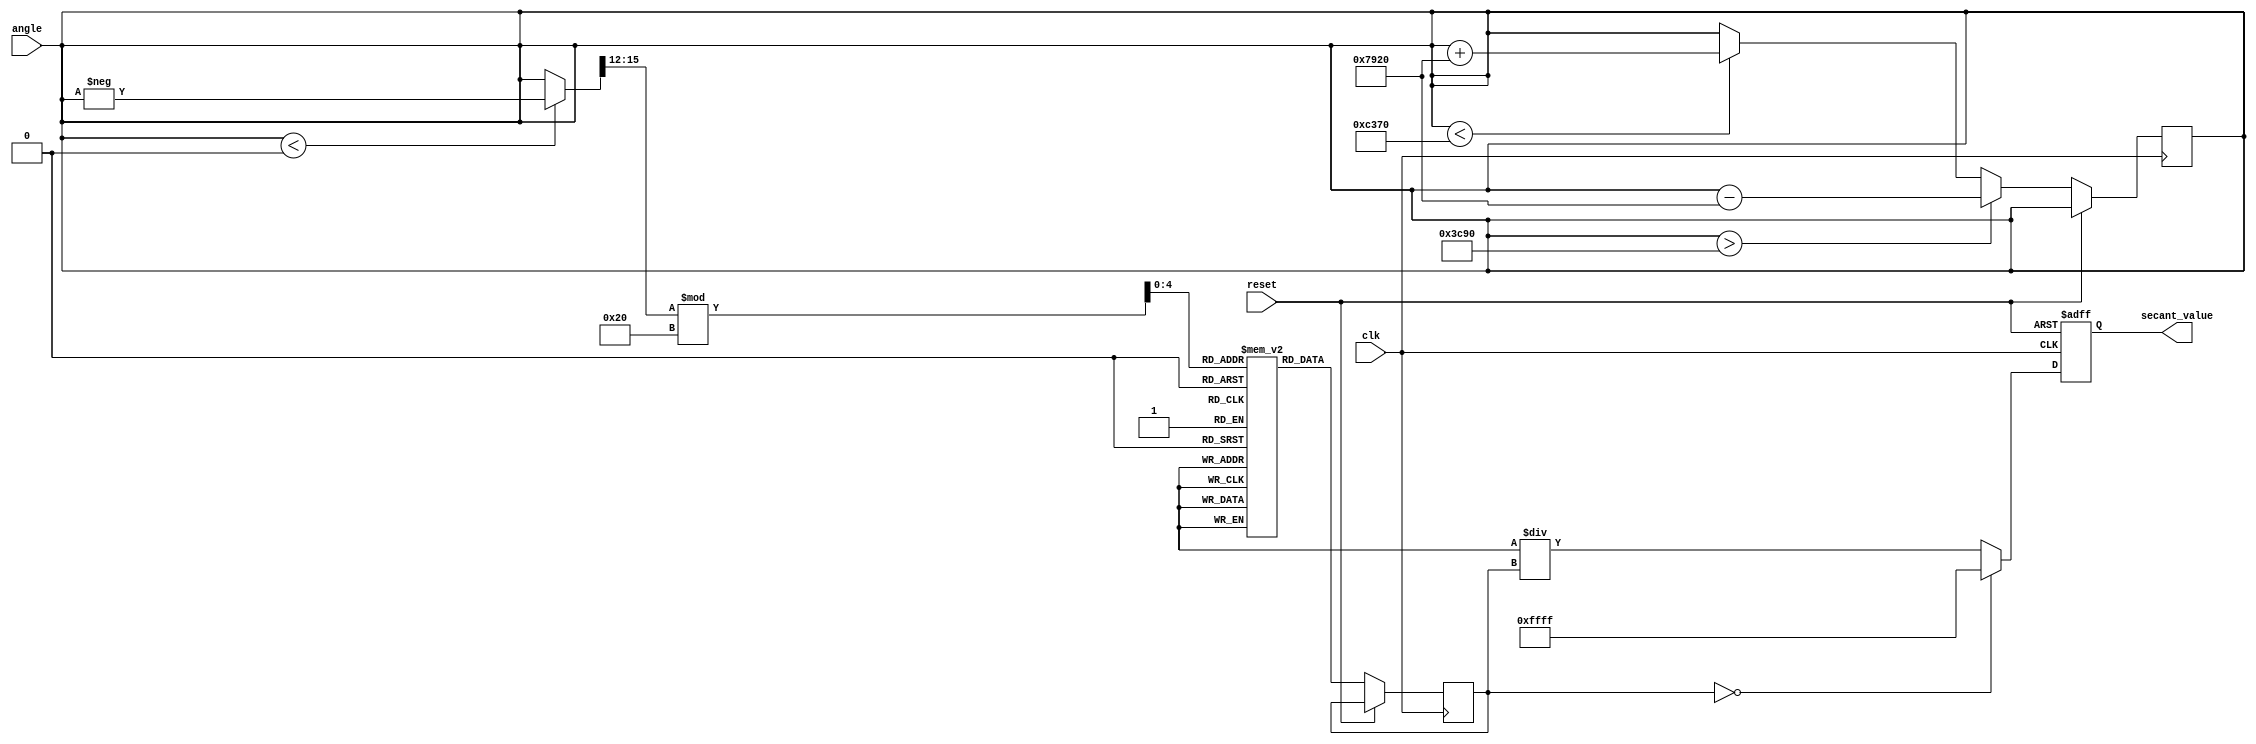
module secant (
    input wire [15:0] angle, // Input angle in radians (fixed-point representation)
    output reg [15:0] secant_value, // Output secant value (fixed-point representation)
    input wire clk,
    input wire reset
);

    // Constants
    parameter PI = 16'h3C90; // Fixed-point representation of  (approx. 3.14159)
    parameter PI_OVER_2 = 16'h1F20; // Fixed-point representation of /2 (approx. 1.57079)
    parameter INFINITY = 16'hFFFF; // Representation for infinity or error

    // Cosine lookup table (for simplicity, using a small range)
    reg [15:0] cos_lut [0:31]; // 32 entries for cosine values
    initial begin
        // Populate the cosine lookup table with fixed-point values
        cos_lut[0] = 16'h1000; // cos(0) = 1.0
        cos_lut[1] = 16'h0F6E; // cos(/6) = 3/2
        cos_lut[2] = 16'h0C8D; // cos(/4) = 2/2
        cos_lut[3] = 16'h0000; // cos(/2) = 0
        // Add more values as needed...
    end

    // Internal signals
    reg [15:0] cos_value;
    reg valid;

    // Angle normalization
    function [15:0] normalize_angle(input [15:0] angle);
        begin
            if (angle > PI) begin
                normalize_angle = angle - (2 * PI);
            end else if (angle < -PI) begin
                normalize_angle = angle + (2 * PI);
            end else begin
                normalize_angle = angle;
            end
        end
    endfunction

    // Cosine calculation using lookup table
    function [15:0] calculate_cosine(input [15:0] angle);
        begin
            // Normalize angle to range [0, ]
            if (angle < 0) begin
                angle = -angle; // Make angle positive for lookup
            end
            // Map angle to LUT index (simplified)
            calculate_cosine = cos_lut[angle[15:12] % 32]; // Example mapping
        end
    endfunction

    // Reciprocal calculation
    function [15:0] reciprocal(input [15:0] value);
        begin
            if (value == 0) begin
                reciprocal = INFINITY; // Handle division by zero
            end else begin
                reciprocal = (16'h10000 / value); // Fixed-point division
            end
        end
    endfunction

    // Main process
    always @(posedge clk or posedge reset) begin
        if (reset) begin
            secant_value <= 0;
            valid <= 0;
        end else begin
            valid <= 1;
            // Normalize angle
            angle <= normalize_angle(angle);
            // Calculate cosine
            cos_value <= calculate_cosine(angle);
            // Calculate secant
            secant_value <= reciprocal(cos_value);
        end
    end

endmodule